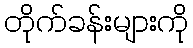
တိုက်ခန်းများကို